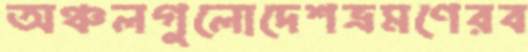
অঞ্চলগুলোদেশভ্রমণেরব